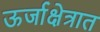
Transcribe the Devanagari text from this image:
ऊर्जाक्षेत्रात